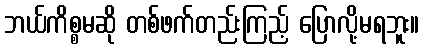
ဘယ်ကိစ္စမဆို တစ်ဖက်တည်းကြည့် ပြောလို့မရဘူး။